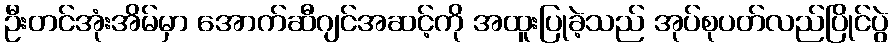
ဦးတင်အုံးအိမ်မှာ အောက်ဆီဂျင်အဆင့်ကို အထူးပြုခဲ့သည် အုပ်စုပတ်လည်ပြိုင်ပွဲ